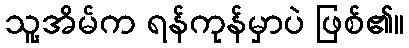
သူ့အိမ်က ရန်ကုန်မှာပဲ ဖြစ်၏။